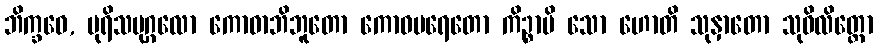
ဘိက္ခဝေ, ပုရိသပုဂ္ဂလော ကောဓာဘိဘူတော ကောဓပရေတော ကိဉ္စာပိ သော ဟောတိ သုနှာတော သုဝိလိတ္တော